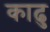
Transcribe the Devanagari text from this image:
काढु